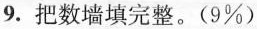
9.把数墙填完整。(9\%)